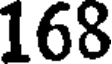
168